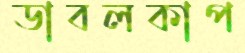
ডাবলকাপ